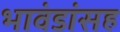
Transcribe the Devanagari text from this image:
भावंडांसह